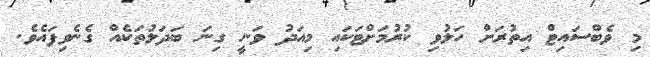
މި ވެބްސައިޓް އިތުރަށް ހަލުވި ކުރުމަށްޓަކައި މިއަދު ވަނީ ގިނަ ބަދަލުތަކެއް ގެނެވިފައެވެ.